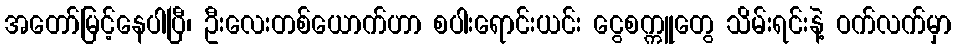
အတော်မြင့်နေပါပြီ၊ ဦးလေးတစ်ယောက်ဟာ စပါးရောင်းယင်း ငွေစက္ကူတွေ သိမ်းရင်းနဲ့ ဝက်လက်မှာ